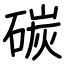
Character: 碳